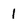
Character: 1